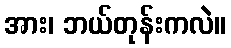
အား၊ ဘယ်တုန်းကလဲ။